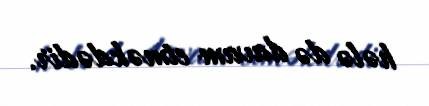
hələ də davam etməkdədir.